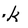
Character: k